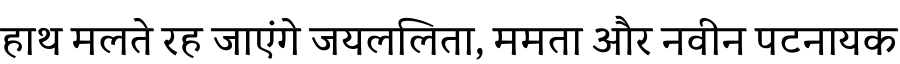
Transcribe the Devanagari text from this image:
हाथ मलते रह जाएंगे जयललिता, ममता और नवीन पटनायक